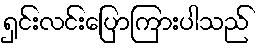
ရှင်းလင်းပြောကြားပါသည်